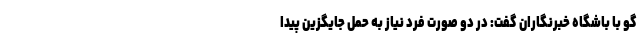
گو با باشگاه خبرنگاران گفت: در دو صورت فرد نیاز به حمل جایگزین پیدا